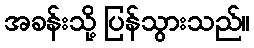
အခန်းသို့ ပြန်သွားသည်။